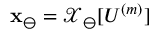
\mathbf { x } _ { \ominus } = \boldsymbol { \mathcal { X } } _ { \ominus } [ U ^ { ( m ) } ]